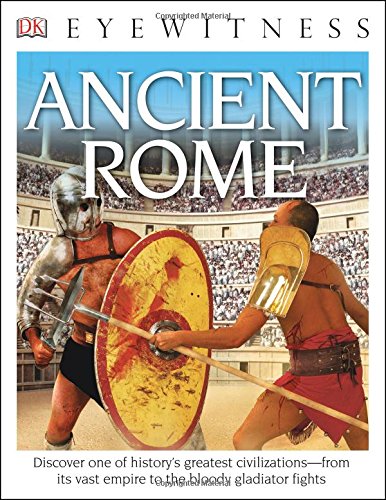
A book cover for DK Eyewitness Books: Ancient Rome; Simon James; Children's Books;